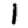
Digit: 1